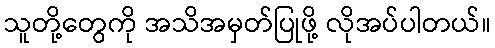
သူတို့တွေကို အသိအမှတ်ပြုဖို့ လိုအပ်ပါတယ်။